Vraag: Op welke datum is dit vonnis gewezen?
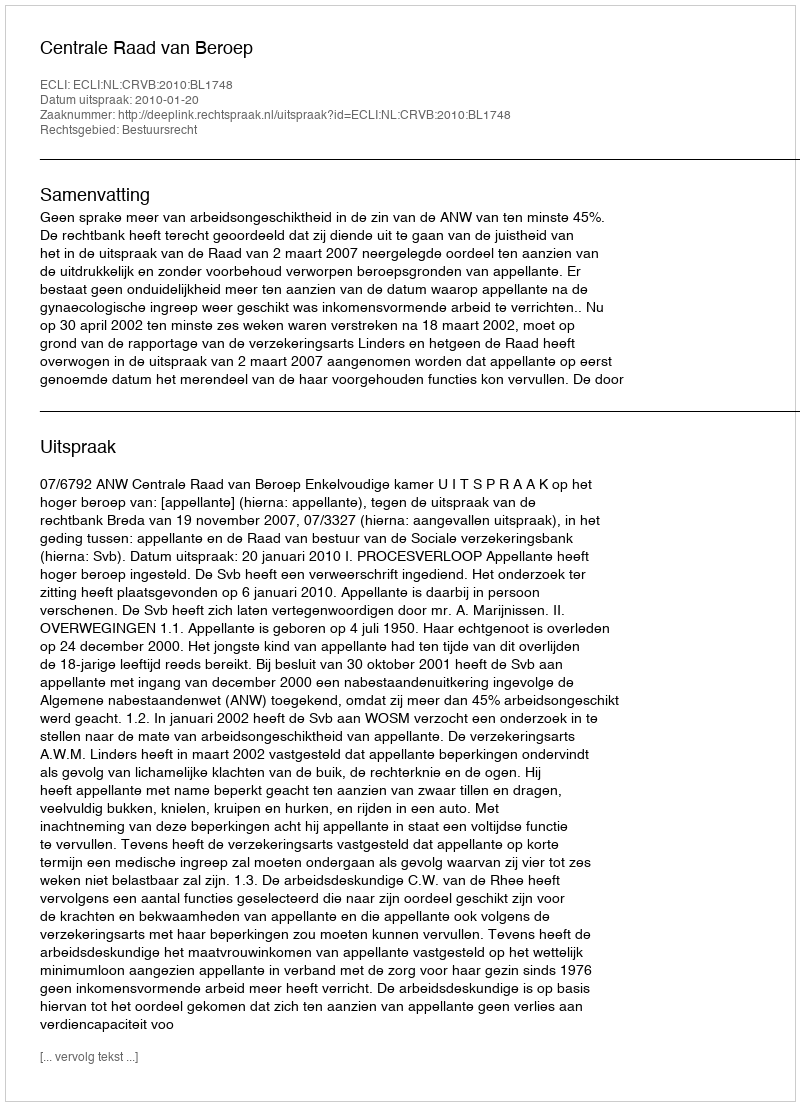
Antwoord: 2010-01-20